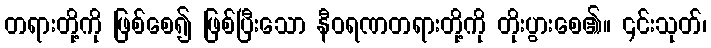
တရားတို့ကို ဖြစ်စေ၍ ဖြစ်ပြီးသော နီဝရဏတရားတို့ကို တိုးပွားစေ၏။ ၎င်းသုတ်၊